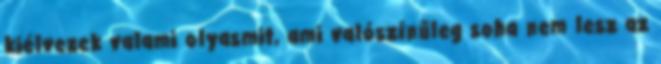
kiélvezek valami olyasmit, ami valószínűleg soha nem lesz az